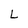
Character: L